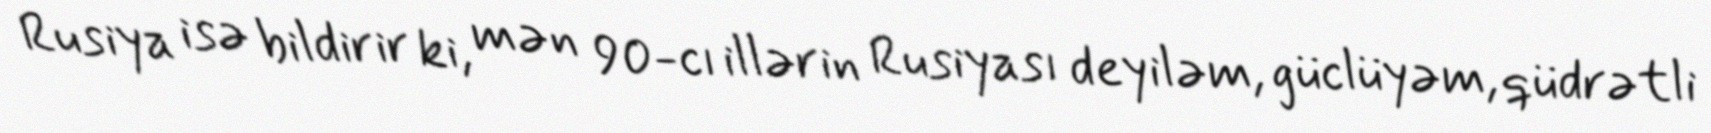
Rusiya isə bildirir ki, mən 90-cı illərin Rusiyası deyiləm, güclüyəm, qüdrətli